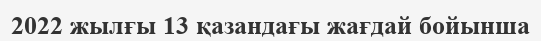
2022 жылғы 13 қазандағы жағдай бойынша